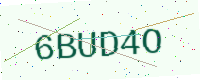
Text: 6BUD4O